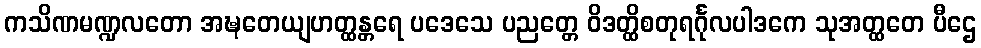
ကသိဏမဏ္ဍလတော အဍ္ဎတေယျဟတ္ထန္တရေ ပဒေသေ ပညတ္တေ ဝိဒတ္ထိစတုရင်္ဂုလပါဒကေ သုအတ္ထတေ ပီဌေ